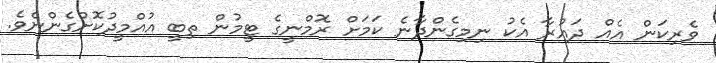
ވެރިކަން އެއް ދައުރާ އެކު ނިމިގެންދާނެ ކަމަށް ރޮމްނީގެ ޓީމުން ތިބީ އުއްމީދުކޮށްގެންނެވެ.